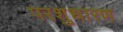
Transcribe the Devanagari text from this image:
परशुधारण